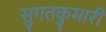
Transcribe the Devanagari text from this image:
सुगतकुमारी